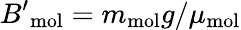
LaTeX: {B^{\prime}}_{\mathrm{{mol}}}=m_{\mathrm{mol}}g/\mu_{\mathrm{mol}}